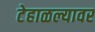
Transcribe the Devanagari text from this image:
टेहाळल्यावर